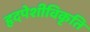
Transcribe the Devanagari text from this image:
हृदपेशीविकृति